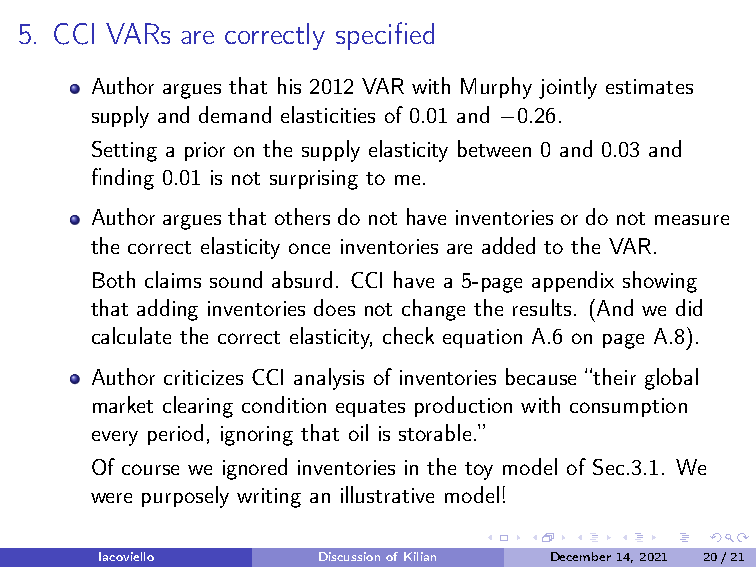
5. CCI VARs are correctly specified
 Author argues that his 2012 VAR with Murphy jointly estimates
 supply and demand elasticities of 0.01 and −0.26.
 Setting a prior on the supply elasticity between 0 and 0.03 and
 finding 0.01 is not surprising to me.
 Author argues that others do not have inventories or do not measure
 the correct elasticity once inventories are added to the VAR.
 Both claims sound absurd. CCI have a 5-page appendix showing
 that adding inventories does not change the results. (And we did
 calculate the correct elasticity, check equation A.6 on page A.8).
 Author criticizes CCI analysis of inventories because “their global
 market clearing condition equates production with consumption
 every period, ignoring that oil is storable.”
 Of course we ignored inventories in the toy model of Sec.3.1. We
 were purposely writing an illustrative model!
 Iacoviello     DiscussionofKilian December14,2021 20/21